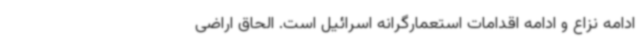
ادامه نزاع و ادامه اقدامات استعمارگرانه اسرائیل است. الحاق اراضی